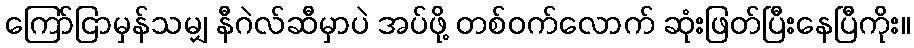
ကြော်ငြာမှန်သမျှ နီဂဲလ်ဆီမှာပဲ အပ်ဖို့ တစ်ဝက်လောက် ဆုံးဖြတ်ပြီးနေပြီကိုး။